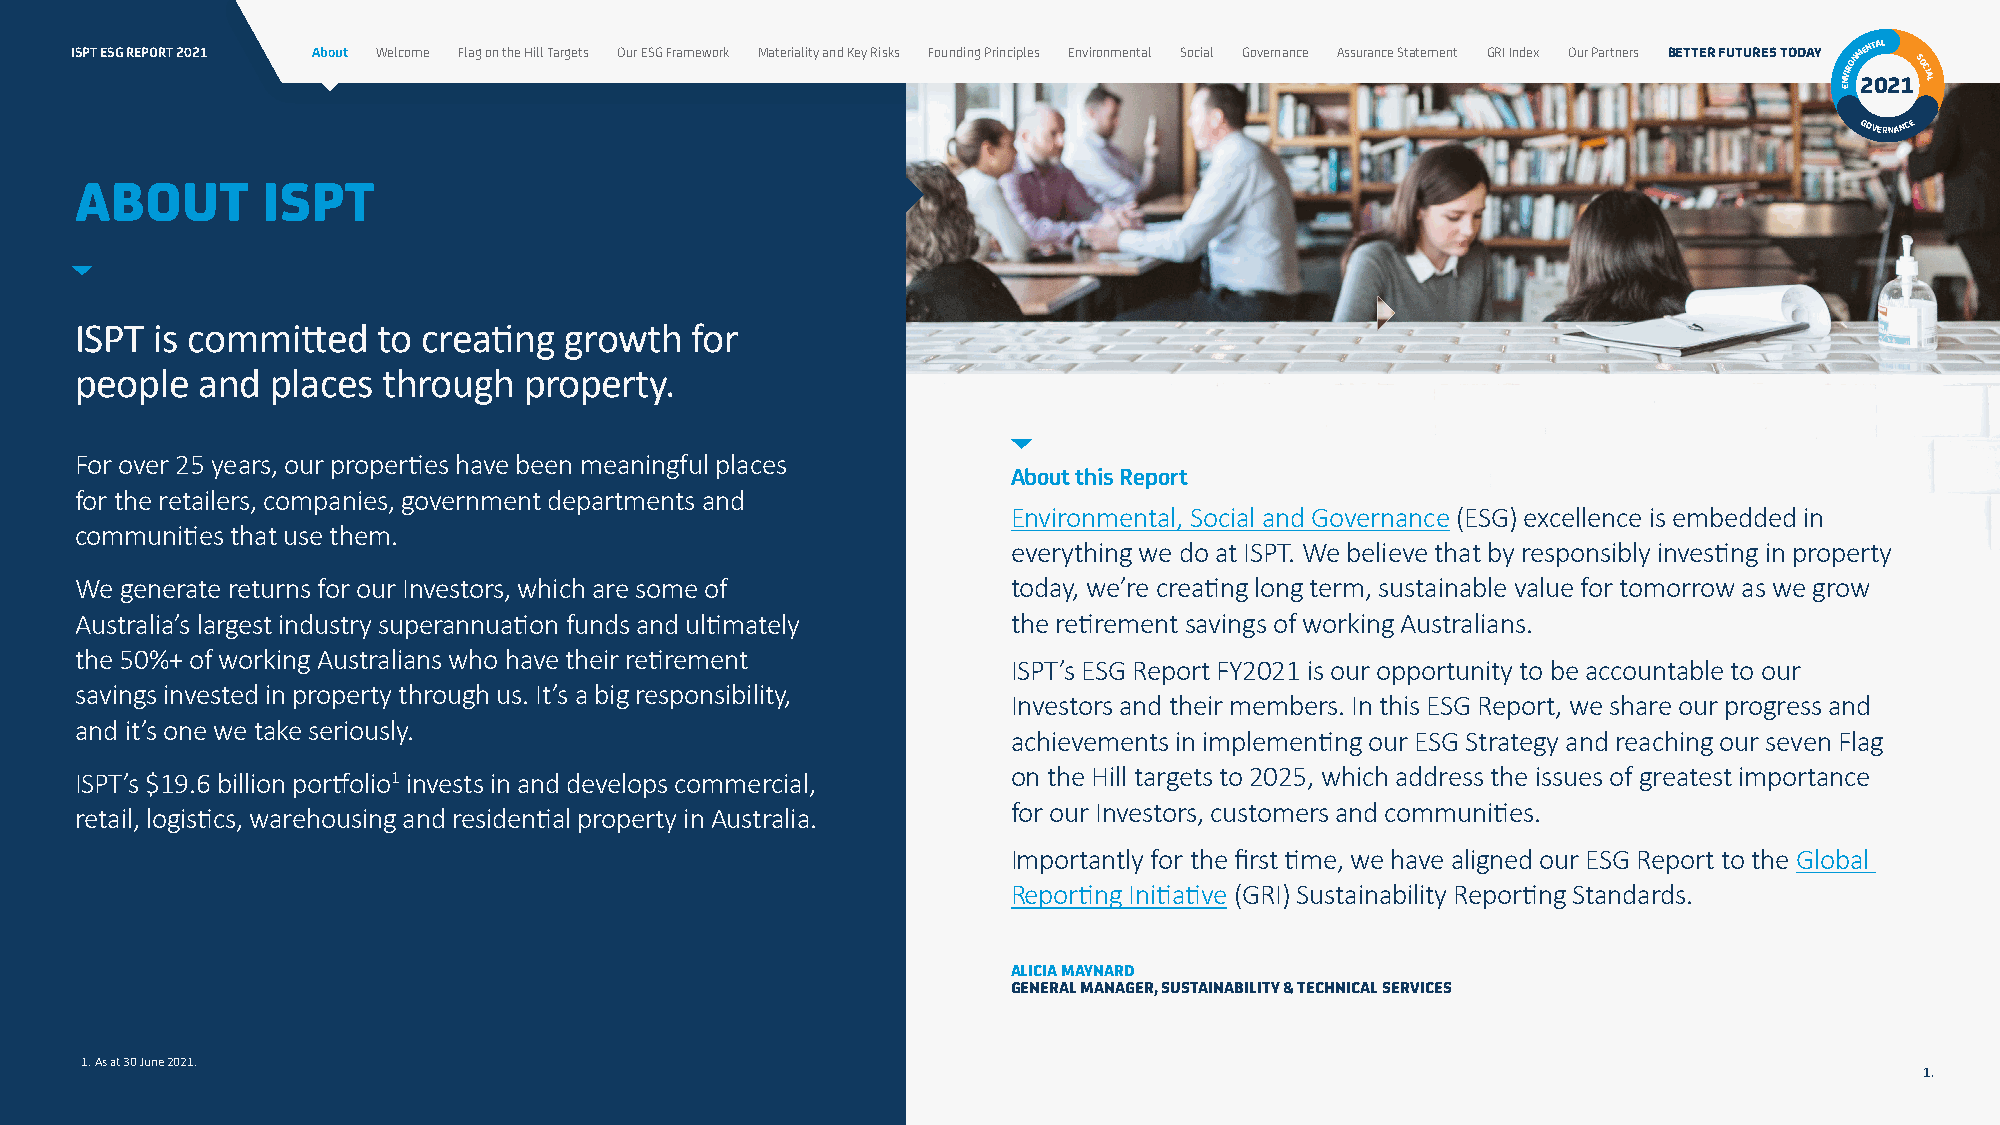
ISPT ESG REPORT 2021 About Welcome Flag on the Hill Targets Our ESG Framework Materiality and Key Risks Founding Principles Environmental Social Governance Assurance Statement GRI Index Our Partners BETTER FUTURES TODAY NVIRONM 2ENT 0AL
 21SOCIAL
 E
 GOVERNANCE
 ABOUT       ISPT
 ISPT is committed   to creating growth   for
 people  and  places through   property.
 For over 25 years, our properties have been meaningful places
 About this Report
 for the retailers, companies, government departments and
 Environmental, Social and Governance (ESG) excellence is embedded in
 communities that use them.
 everything we do at ISPT. We believe that by responsibly investing in property
 We generate returns for our Investors, which are some of      today, we’re creating long term, sustainable value for tomorrow as we grow
 Australia’s largest industry superannuation funds and ultimately the retirement savings of working Australians.
 the 50%+ of working Australians who have their retirement
 ISPT’s ESG Report FY2021 is our opportunity to be accountable to our
 savings invested in property through us. It’s a big responsibility,
 Investors and their members. In this ESG Report, we share our progress and
 and it’s one we take seriously.
 achievements in implementing our ESG Strategy and reaching our seven Flag
 on the Hill targets to 2025, which address the issues of greatest importance
 ISPT’s $19.6 billion portfolio1 invests in and develops commercial,
 for our Investors, customers and communities.
 retail, logistics, warehousing and residential property in Australia.
 Importantly for the first time, we have aligned our ESG Report to the Global
 Reporting Initiative (GRI) Sustainability Reporting Standards.
 ALICIA MAYNARD
 GENERAL MANAGER, SUSTAINABILITY & TECHNICAL SERVICES
 1. As at 30 June 2021.
 1.